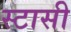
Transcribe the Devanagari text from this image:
स्टासी